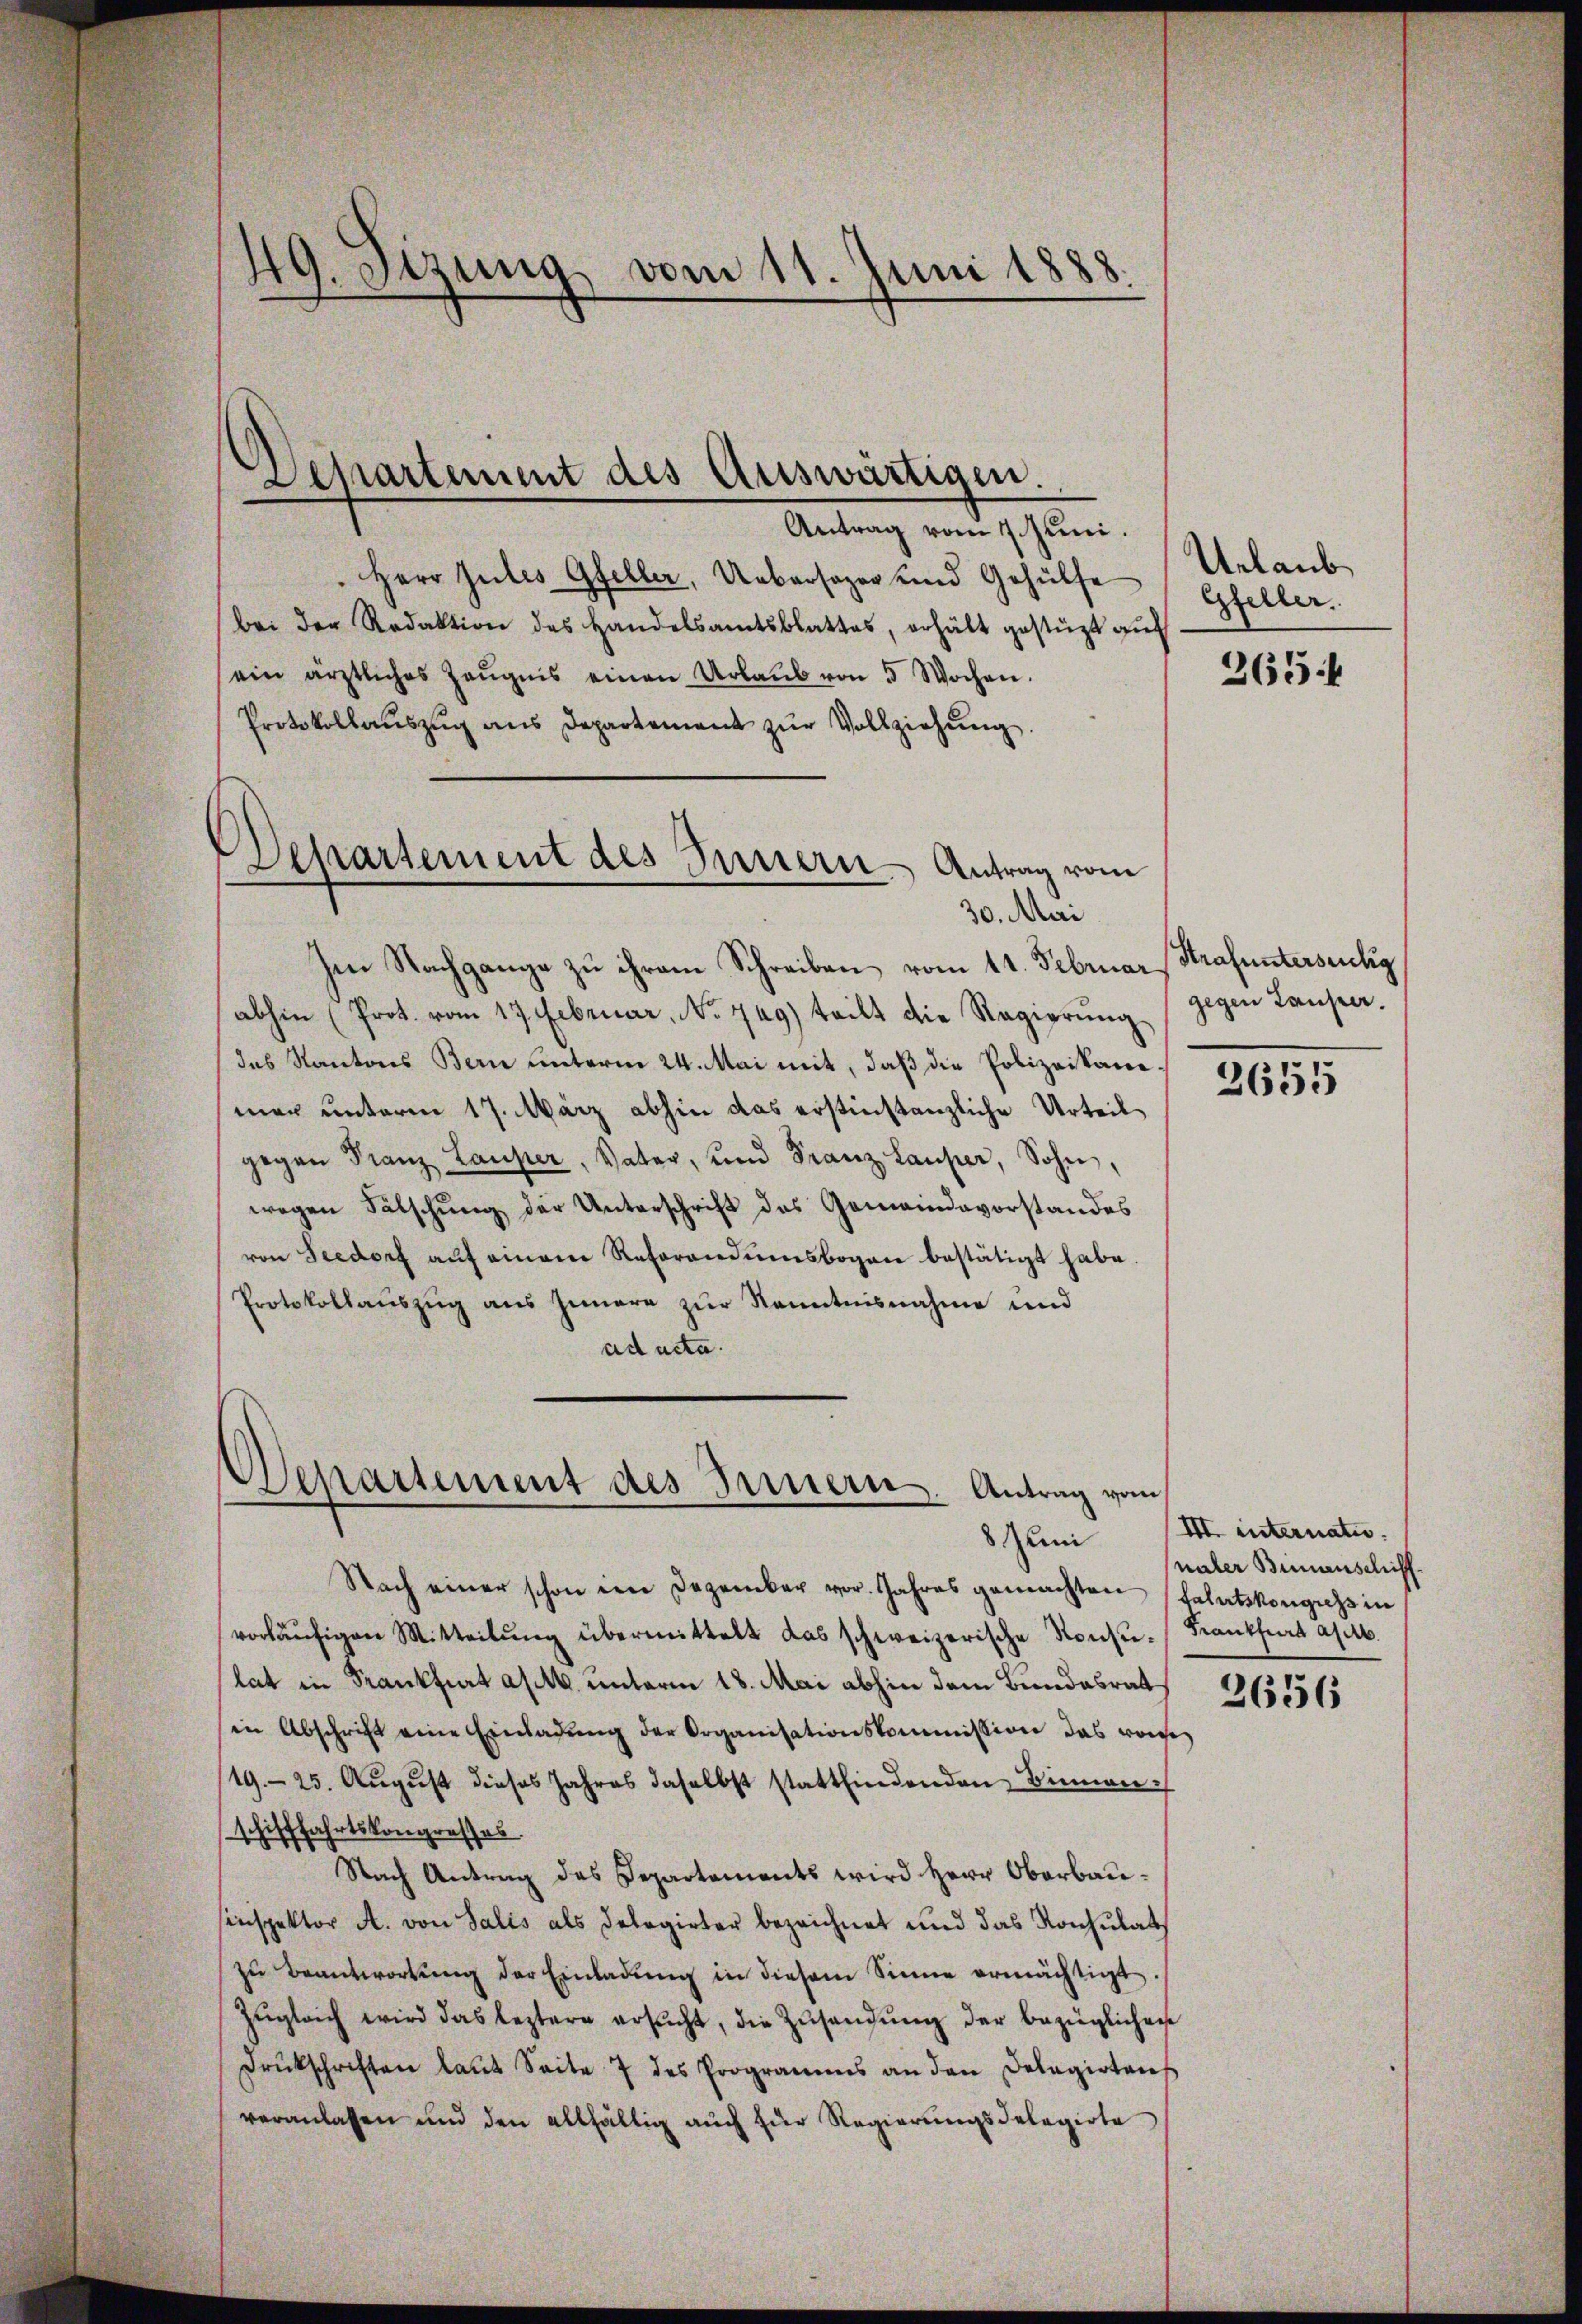
Herr Gutes Gfeller, Uebersager und Gehülfe
bei der Redaktion des Handelsamtsblattes, erhält gestüzt aŭf
ein ärztliches Zeŭgnis einen Urlaŭb von 5 Wochen.
Protokollaŭszŭg ans Departement zŭr Vollziehŭng.
Ien Nachgange zu ihrem Schreiben vom 11. Februar
abhin (Prot. vom 17. Februar, No 749) teilt die Regierŭng
das Kantons Bern unterm 24. Mai mit, daß die Polizeikanemer unterm 17. März abhin das erstinstanzliche Urteil
gegen Franz Lauper, Vater, und Franz Lauper, Sohn,
wegen Fälschung der Unterschrift des Gemeindevorstandes
von Seedorf aŭf einem Referandŭmsbogen bestätigt habe.
Protokollauszug aus Innere zur Kenntnisnahme und
ad acta.

49. Sizung, vom 11. Juni 1888.

Departement des Auswärtigen.
Antrag vom 17. Juni.

d
Departement des Innern - Antrag vom
30. Mai

Departement des Innern. Antrag vom
8 Juni

Urlaub
Gfeller.

Nach einer schon im Dezember vor. Jahres gemachten (Fahrtskongress in
vorläŭfigen Mitteilŭng übermittelt das schweizerische Konsŭ-Krankfurt am 16.
lat in Frankfurt a/M. unterm 18. Mai abhin dem Bundesrat
in Abschrift eine Einladŭng der Organisationskommission das vonse
19.- 25. Aŭgŭst dieses Jahres daselbst stattfindenden Dienen
schifffahrtskongresses.
Nach Antrag des Departements wird Herr Oberbausinspektor A. von Salis als Delegirter bezeichnet und das Konsulat
zŭ beantwortŭng der Einladŭng in diesem Sinne ermächtigt.
Zŭgleich wird das leztere ersŭcht, die Zŭsandŭng der bezüglichen
drukschriften laŭt Seite 7 des Programms an den Delagirten
veranlassen und den allfällig auch für Regierungsdelegirte

265

Strafuntersuchig
gegen Lauper.

2655

VII. internati
naler Binnenschiff

2656